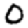
Digit: 0